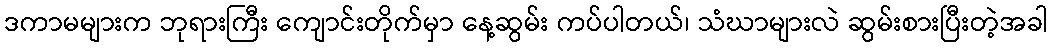
ဒကာမများက ဘုရားကြီး ကျောင်းတိုက်မှာ နေ့ဆွမ်း ကပ်ပါတယ်၊ သံဃာများလဲ ဆွမ်းစားပြီးတဲ့အခါ